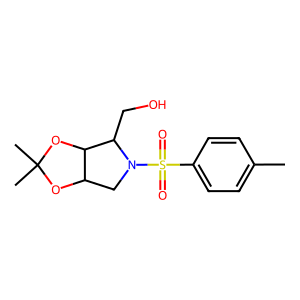
SMILES: Cc1ccc(S(=O)(=O)N2CC3OC(C)(C)OC3C2CO)cc1
Inhibits HIV replication: No